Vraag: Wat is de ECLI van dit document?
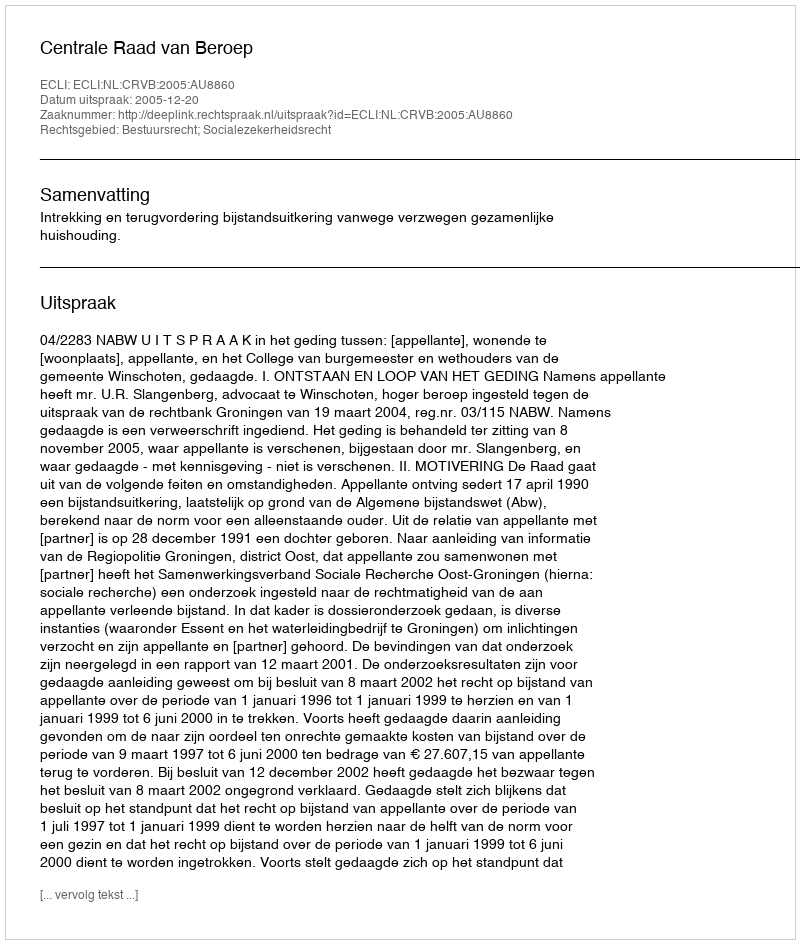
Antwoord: ECLI:NL:CRVB:2005:AU8860